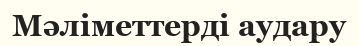
Мәліметтерді аудару